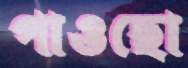
পাওছো